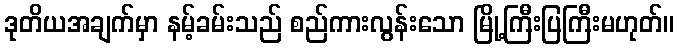
ဒုတိယအချက်မှာ နမ့်ခမ်းသည် စည်ကားလွန်းသော မြို့ကြီးပြကြီးမဟုတ်။